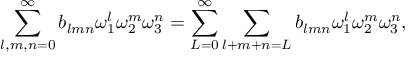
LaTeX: \sum _ { l , m , n = 0 } ^ { \infty } b _ { l m n } { \omega } _ { 1 } ^ { l } { \omega } _ { 2 } ^ { m } { \omega } _ { 3 } ^ { n } = \sum _ { L = 0 } ^ { \infty } \sum _ { l + m + n = L } b _ { l m n } { \omega } _ { 1 } ^ { l } { \omega } _ { 2 } ^ { m } { \omega } _ { 3 } ^ { n } ,